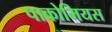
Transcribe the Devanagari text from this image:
पाकोमियस